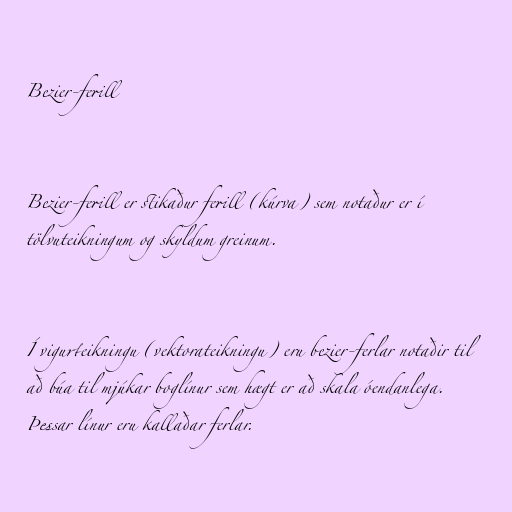
Bezier-ferill

Bezier-ferill er stikaður ferill (kúrva) sem notaður er í
tölvuteikningum og skyldum greinum.

Í vigurteikningu (vektorateikningu) eru bezier-ferlar notaðir til
að búa til mjúkar boglínur sem hægt er að skala óendanlega.
Þessar línur eru kallaðar ferlar.